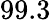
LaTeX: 99.3